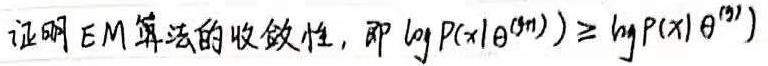
证明EM算法的收敛性，即 \(\log P(x|\theta^{(t + 1)})\geq\log P(x|\theta^{(t)})\) 。